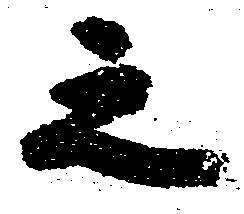
之